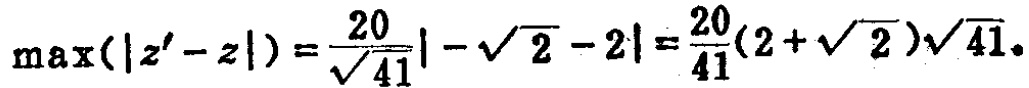
\(\max(|z'-z|)=\frac{20}{\sqrt{41}}|-\sqrt{2}-2|=\frac{20}{41}(2+\sqrt{2})\sqrt{41}\)